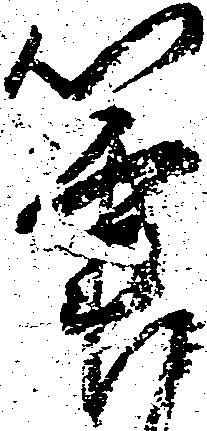
筆